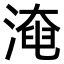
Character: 𣼜